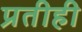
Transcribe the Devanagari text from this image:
प्रतीही